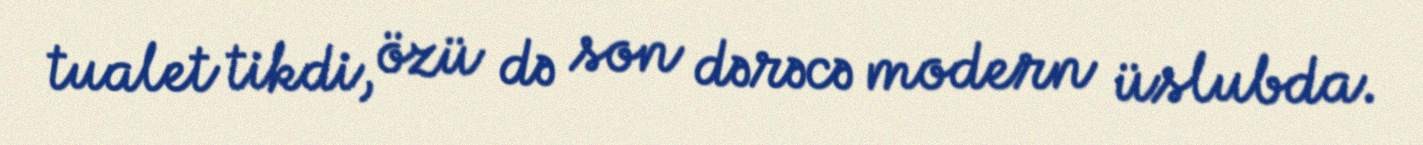
tualet tikdi, özü də son dərəcə modern üslubda.